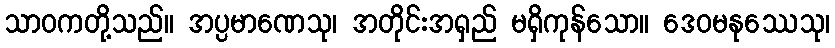
သာဝကတို့သည်။ အပ္ပမာဏေသု၊ အတိုင်းအရှည် မရှိကုန်သော။ ဒေဝမနုဿေသု၊